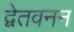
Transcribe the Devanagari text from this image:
द्वेतवनन